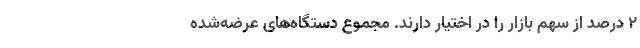
۲ درصد از سهم بازار را در اختیار دارند. مجموع دستگاه‌های عرضه‌شده